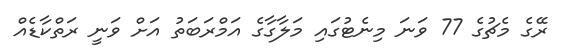
ރޭގެ މެޗުގެ 77 ވަނަ މިނެޓުގައި މަލާގާގެ އަމްރަބަތު އަށް ވަނީ ރަތްކާޑެއް